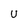
Character: u